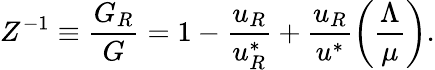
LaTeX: Z^{-1}\equiv\frac{G_{R}}{G}=1-\frac{u_{R}}{u_{R}^{*}}+\frac{u_{R}}{u^{*}}\left(\frac{\Lambda}{\mu}\right).